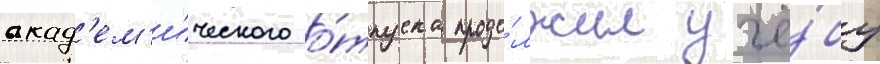
акад'ем'и́ческого о́тпуска продо́лжил учё́бу